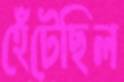
হেঁটেছিল